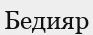
Бедияр